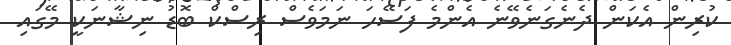
ކުރިން އެކަން ދެނެގަނެވޭނެ އެންމެ ފަސޭހަ ނަމަވެސް ރިސްކް ބޮޑު ނިޝާނަކީ މޭގައި